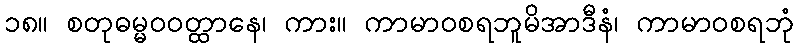
၁၈။ စတုဓမ္မဝဝတ္ထာနေ၊ ကား။ ကာမာဝစရဘူမိအာဒီနံ၊ ကာမာဝစရဘုံ